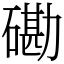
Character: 磡